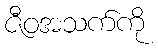
ဇီဝအသက်ကို